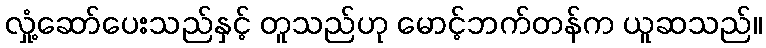
လှုံ့ဆော်ပေးသည်နှင့် တူသည်ဟု မောင့်ဘက်တန်က ယူဆသည်။